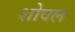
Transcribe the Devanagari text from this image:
शोवल